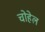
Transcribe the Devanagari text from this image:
चोहेल